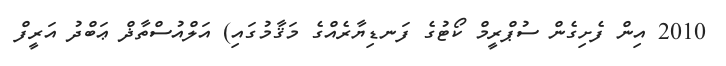
2010 އިން ފެށިގެން ސުޕްރީމް ކޯޓުގެ ފަނޑިޔާރެއްގެ މަޤާމުގައި) އަލްއުސްތާޛް ޢަބްދު އަރީފް